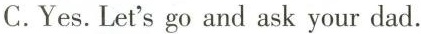
C.Yes.Let's go and ask your dad.